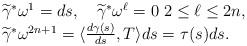
LaTeX: \begin{align*}\begin{array}{ll}&\widetilde{\gamma}^*\omega^1=ds, \ \ \ \widetilde{\gamma}^*\omega^\ell=0\ 2\leq \ell \leq 2n,\\& \widetilde{\gamma}^*\omega^{2n+1}=\langle\frac{d\gamma(s)}{ds},T\rangle ds=\tau(s)ds.\end{array}\end{align*}